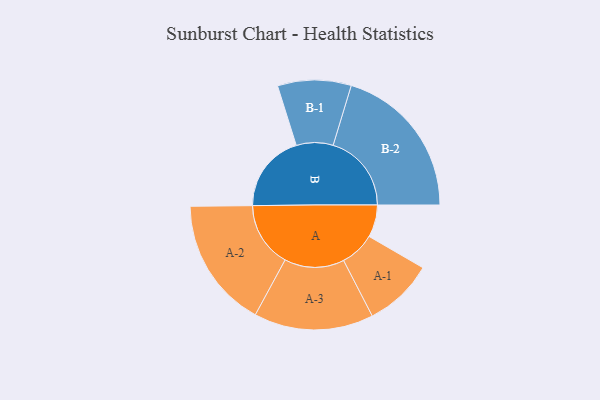
{"axis": {"x": "Segment", "y": "Value"}, "legend": ["", "A", "B"], "data": [{"x": "A", "y": 101, "type": ""}, {"x": "B", "y": 245, "type": ""}, {"x": "A-1", "y": 109, "type": "A"}, {"x": "A-2", "y": 204, "type": "A"}, {"x": "A-3", "y": 187, "type": "A"}, {"x": "B-1", "y": 115, "type": "B"}, {"x": "B-2", "y": 245, "type": "B"}]}